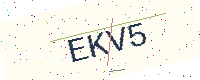
Text: EKV5